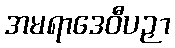
အမရာဒေဝီပဉှာ